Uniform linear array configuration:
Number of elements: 4
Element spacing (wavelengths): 0.75
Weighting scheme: cosine
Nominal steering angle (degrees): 45
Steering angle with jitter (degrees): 45.711
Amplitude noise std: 0.05
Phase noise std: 0.05

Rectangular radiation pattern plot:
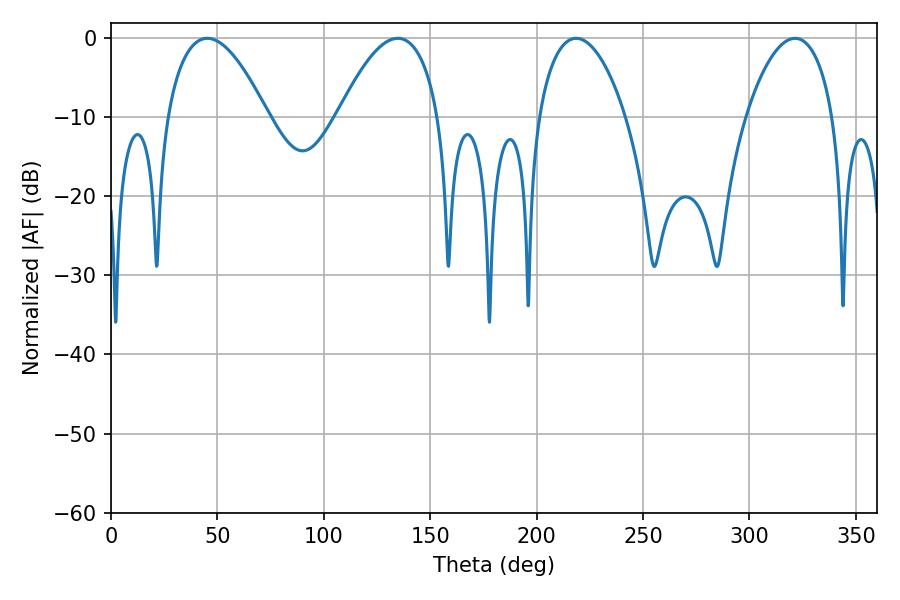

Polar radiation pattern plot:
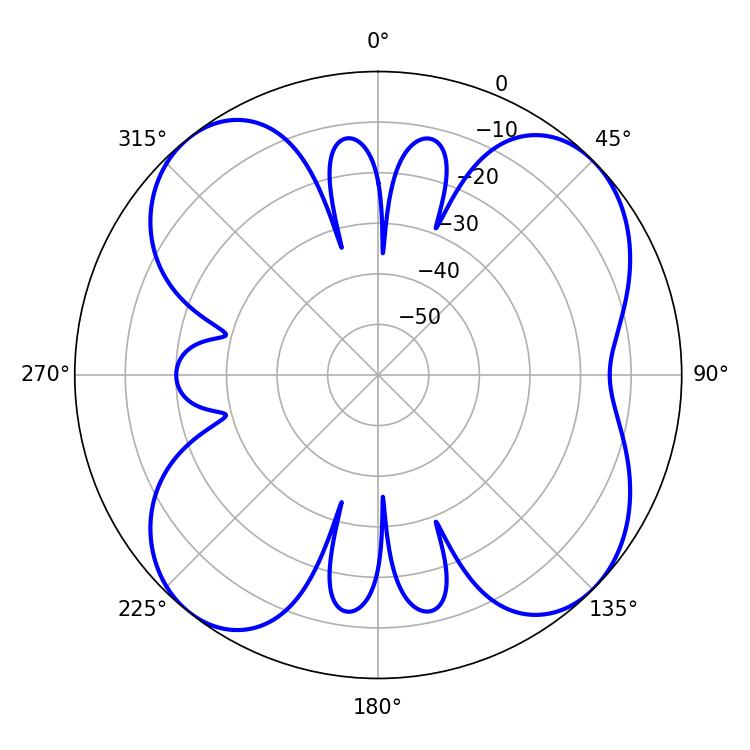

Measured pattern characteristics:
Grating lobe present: TRUE
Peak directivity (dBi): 10.269
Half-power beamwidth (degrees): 23.22
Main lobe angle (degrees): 218.52